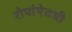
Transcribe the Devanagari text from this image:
रोपांएेवजी